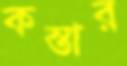
কস্তার